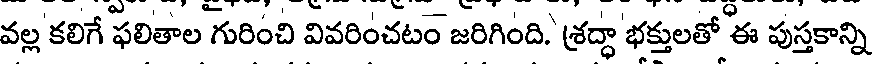
వల్ల కలిగే ఫలితాల గురించి వివరించటం జరిగింది. శ్రద్ధా భక్తులతో ఈ పుస్తకాన్ని